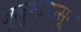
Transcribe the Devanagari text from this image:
जुलुमापासून